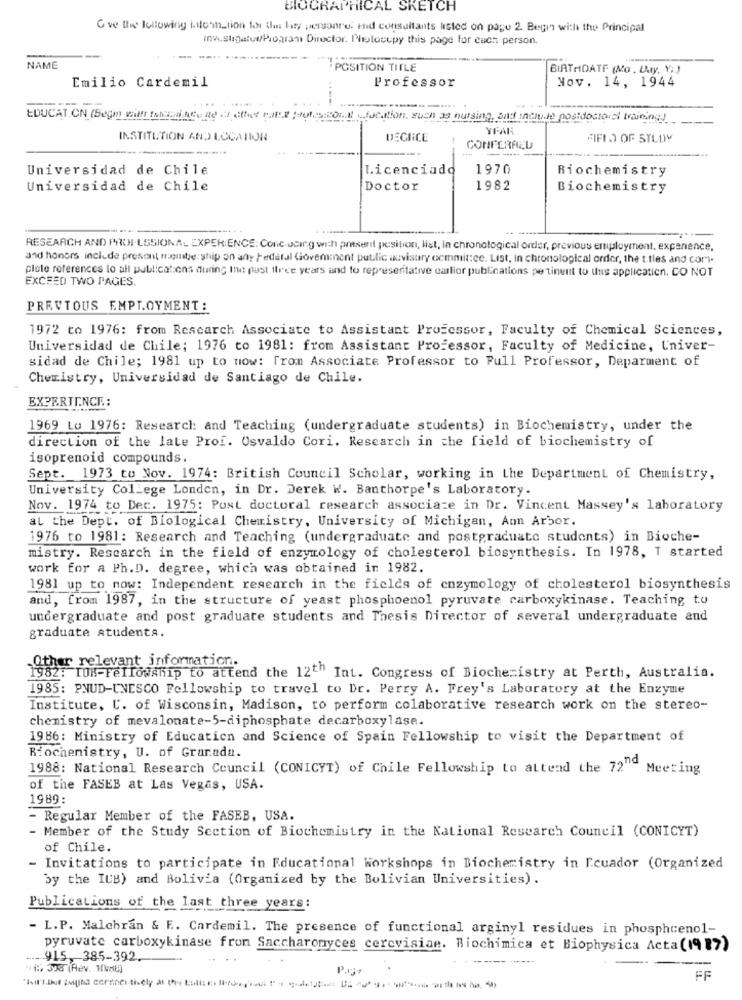
BIOGRAPHICAL SKETCH
Gve the following inte mation to the bay personre. and consultants listed on page 2 Begin with the Principal
Investigatuw/Program Director, Photocopy this page for cach person.
NAME
POSITION TITLE
BIRTHDATE (Mo. Day, Y;)
Professor
Nov. 14, 1944
Emilio Cardemil
....
EDUCAT CN (Begin with folded the Real Chy calle Bautessoni fication such as nursing, and include postdoctoral training)
YEAR
INSTITUTION AND LOCATION
DEGRCE
FIFI J OF STLOY
CONFERACU
---
Universidad de Chile
Licenciado
1970
Biochemistry
Universidad de Chile
Doctor
1982
Biochemistry
RESEARCH AND PROMILISSIONAL EXPERIENCE: Conc sing with present position, Ist, in chronological order, previous employment, experience.
and honors include present mugginte: ship on any redatal Goverment putalic auvisory commit:ce. List, in chronological order, the t.tles and com").
plote references lo all publications during the past three years and to representative carlior publications pertinent to uns application. CO NOT
EXCEED TWO PAGES.
PREVTOUS EMPLOYMENT :
1972 to 1976: from Research Associate to Assistant Professor, Faculty of Chemical Sciences,
Universidad de Chile; 1976 to 1981: from Assistant Professor, Faculty of Medicine, Univer-
sidad de Chile; 1981 up to now: from Associate Professor to Pull Professor, Deparment of
Chemistry, Universidad de Santiago de Chile.
EXPERIENCE .:
1969 Lo 1976: Research and Teaching (undergraduate students) in Biochemistry, under the
direction of the late Prof. Osvaldo Cori. Research in the field of biochemistry of
isoprenoid compounds.
Sept. 1973 to Nov. 1974: British Council Scholar, working in the Department of Chemistry,
University College London, in Dr. Derek W. Banthorpe's Laboratory.
Nov. 1974 to Dec. 1975: Post doctoral research associate in Dr. Vincent Massey's laboratory
al the Dept. of Biological Chemistry, University of Michigan, Ann Arbor.
1976 to 1981: Research and Teaching (undergraduate and postgraduate students) in Bioche-
mistry. Research in the field of enzymology of cholesterol biosynthesis. In 1978, I started
work for a Ph.D. degree, which was obtained in 1982.
1981 up to now: Independent research in the fields of enzymology of cholesterol biosynthesis
and, from 1987, in the structure of yeast phosphoenol pyruvate carboxykinase. Teaching to
undergraduate and post graduate students and Thesis Director of several undergraduate and
graduate studenta.
-Other relevant information.
1982: ION-Fellowship to attend the 12th Int. Congress of Biochemistry at Perth, Australia.
1985: PNUD-UNESCO Fellowship to travel to Dr. Perry A. Frey's Laboratory at the Enzyme
Institute, C. of Wisconsin, Madison, to perform colaborative research work on the stereo-
chemistry of mevalonate-5-diphosphate decarboxylase.
1986: Ministry of Education and Science of Spain Fellowship to visit the Department of
Riochemistry, U. of Granada.
1988: National Research Council (CONICYT) of Chile Fellowship to attend the 72" Meeting
of the FASEB at Las Vegas, USA.
1989:
- Regular Member of the FASEB, USA.
- Member of the Study Section of Biochemistry in the National Research Council (CONICYT)
of Chile.
- Invitations to participate in Educational Workshops in Biochemistry in Ecuador (Organized
by the IUB) and Bolivia (Organized by the Bolivian Universities).
Publications of the last three years:
- L.P. Malchran & F .. Cardemil. The presence of functional arginyl residues in phosphcenol-
pyruvate carboxykinase from Saccharomyces cerevisiae. Biochimica et Biophysica Acta(1987)
-.- 915, 385-392.
..
- ------
*1: 338 (Rev. HunE)
FF
-------